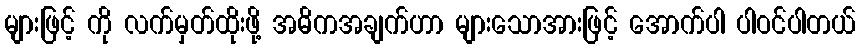
များဖြင့် ကို လက်မှတ်ထိုးဖို့ အဓိကအချက်ဟာ များသောအားဖြင့် အောက်ပါ ပါဝင်ပါတယ်